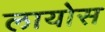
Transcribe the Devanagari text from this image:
लायोस